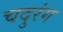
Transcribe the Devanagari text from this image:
चदुरंग